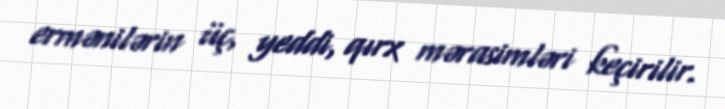
ermənilərin üç, yeddi, qırx mərasimləri keçirilir.